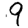
Digit: 9